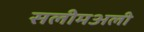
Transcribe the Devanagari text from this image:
सलीमअली